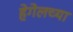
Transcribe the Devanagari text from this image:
हेगेलच्या